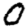
Digit: 0